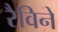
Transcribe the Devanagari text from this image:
रैविने